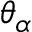
\theta _ { \alpha }